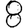
Digit: 8